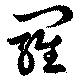
羅